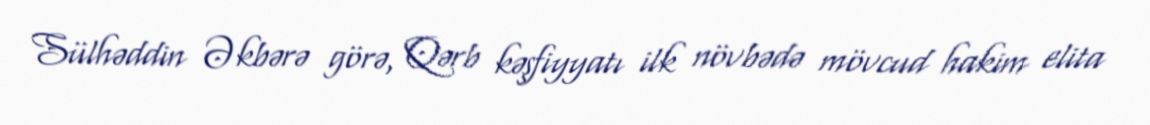
Sülhəddin Əkbərə görə, Qərb kəşfiyyatı ilk növbədə mövcud hakim elita